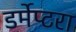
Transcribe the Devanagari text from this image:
डर्मेप्टरा